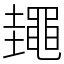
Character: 䵷